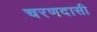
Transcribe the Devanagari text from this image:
चरणदासी